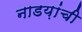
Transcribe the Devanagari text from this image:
नाडय़ांची